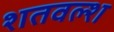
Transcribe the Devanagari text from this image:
शतवल्श